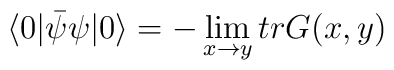
\langle 0 | {\bar {\psi}} \psi | 0 \rangle = - \lim_{x \rightarrow y} tr G(x,y)